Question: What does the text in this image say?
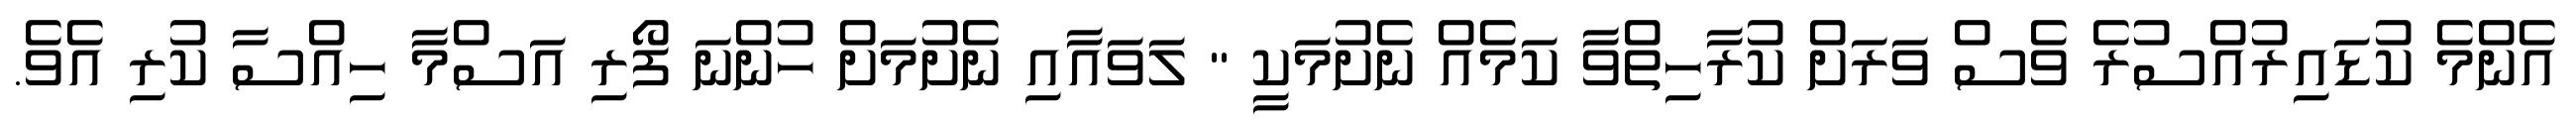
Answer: އެންމެ ކުޑައިރުއްސުރެ ވެސް ވަރަށް ކުރާހިތްވާ ކަމެއް ނެށުމަކީ " ލަވައާއި ނެށުމަށް ހުންނަ ފޯރި އަސްމާ ހިއްސާ ކުރި އެވެ.